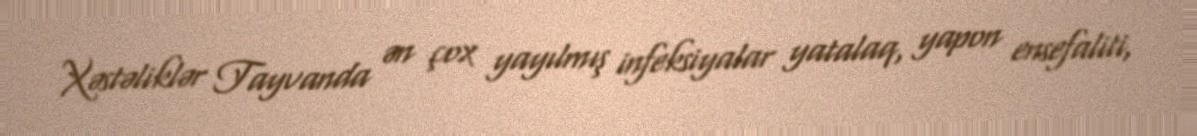
Xəstəliklər Tayvanda ən çox yayılmış infeksiyalar yatalaq, yapon ensefaliti,